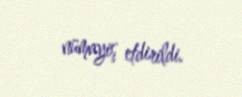
nümayiş etdirildi.